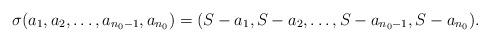
LaTeX: \begin{align*}\sigma(a_1,a_2,\ldots,a_{n_0 -1},a_{n_0}) &= (S- a_1,S- a_2,\ldots,S- a_{n_0 -1},S- a_{n_0}).\end{align*}